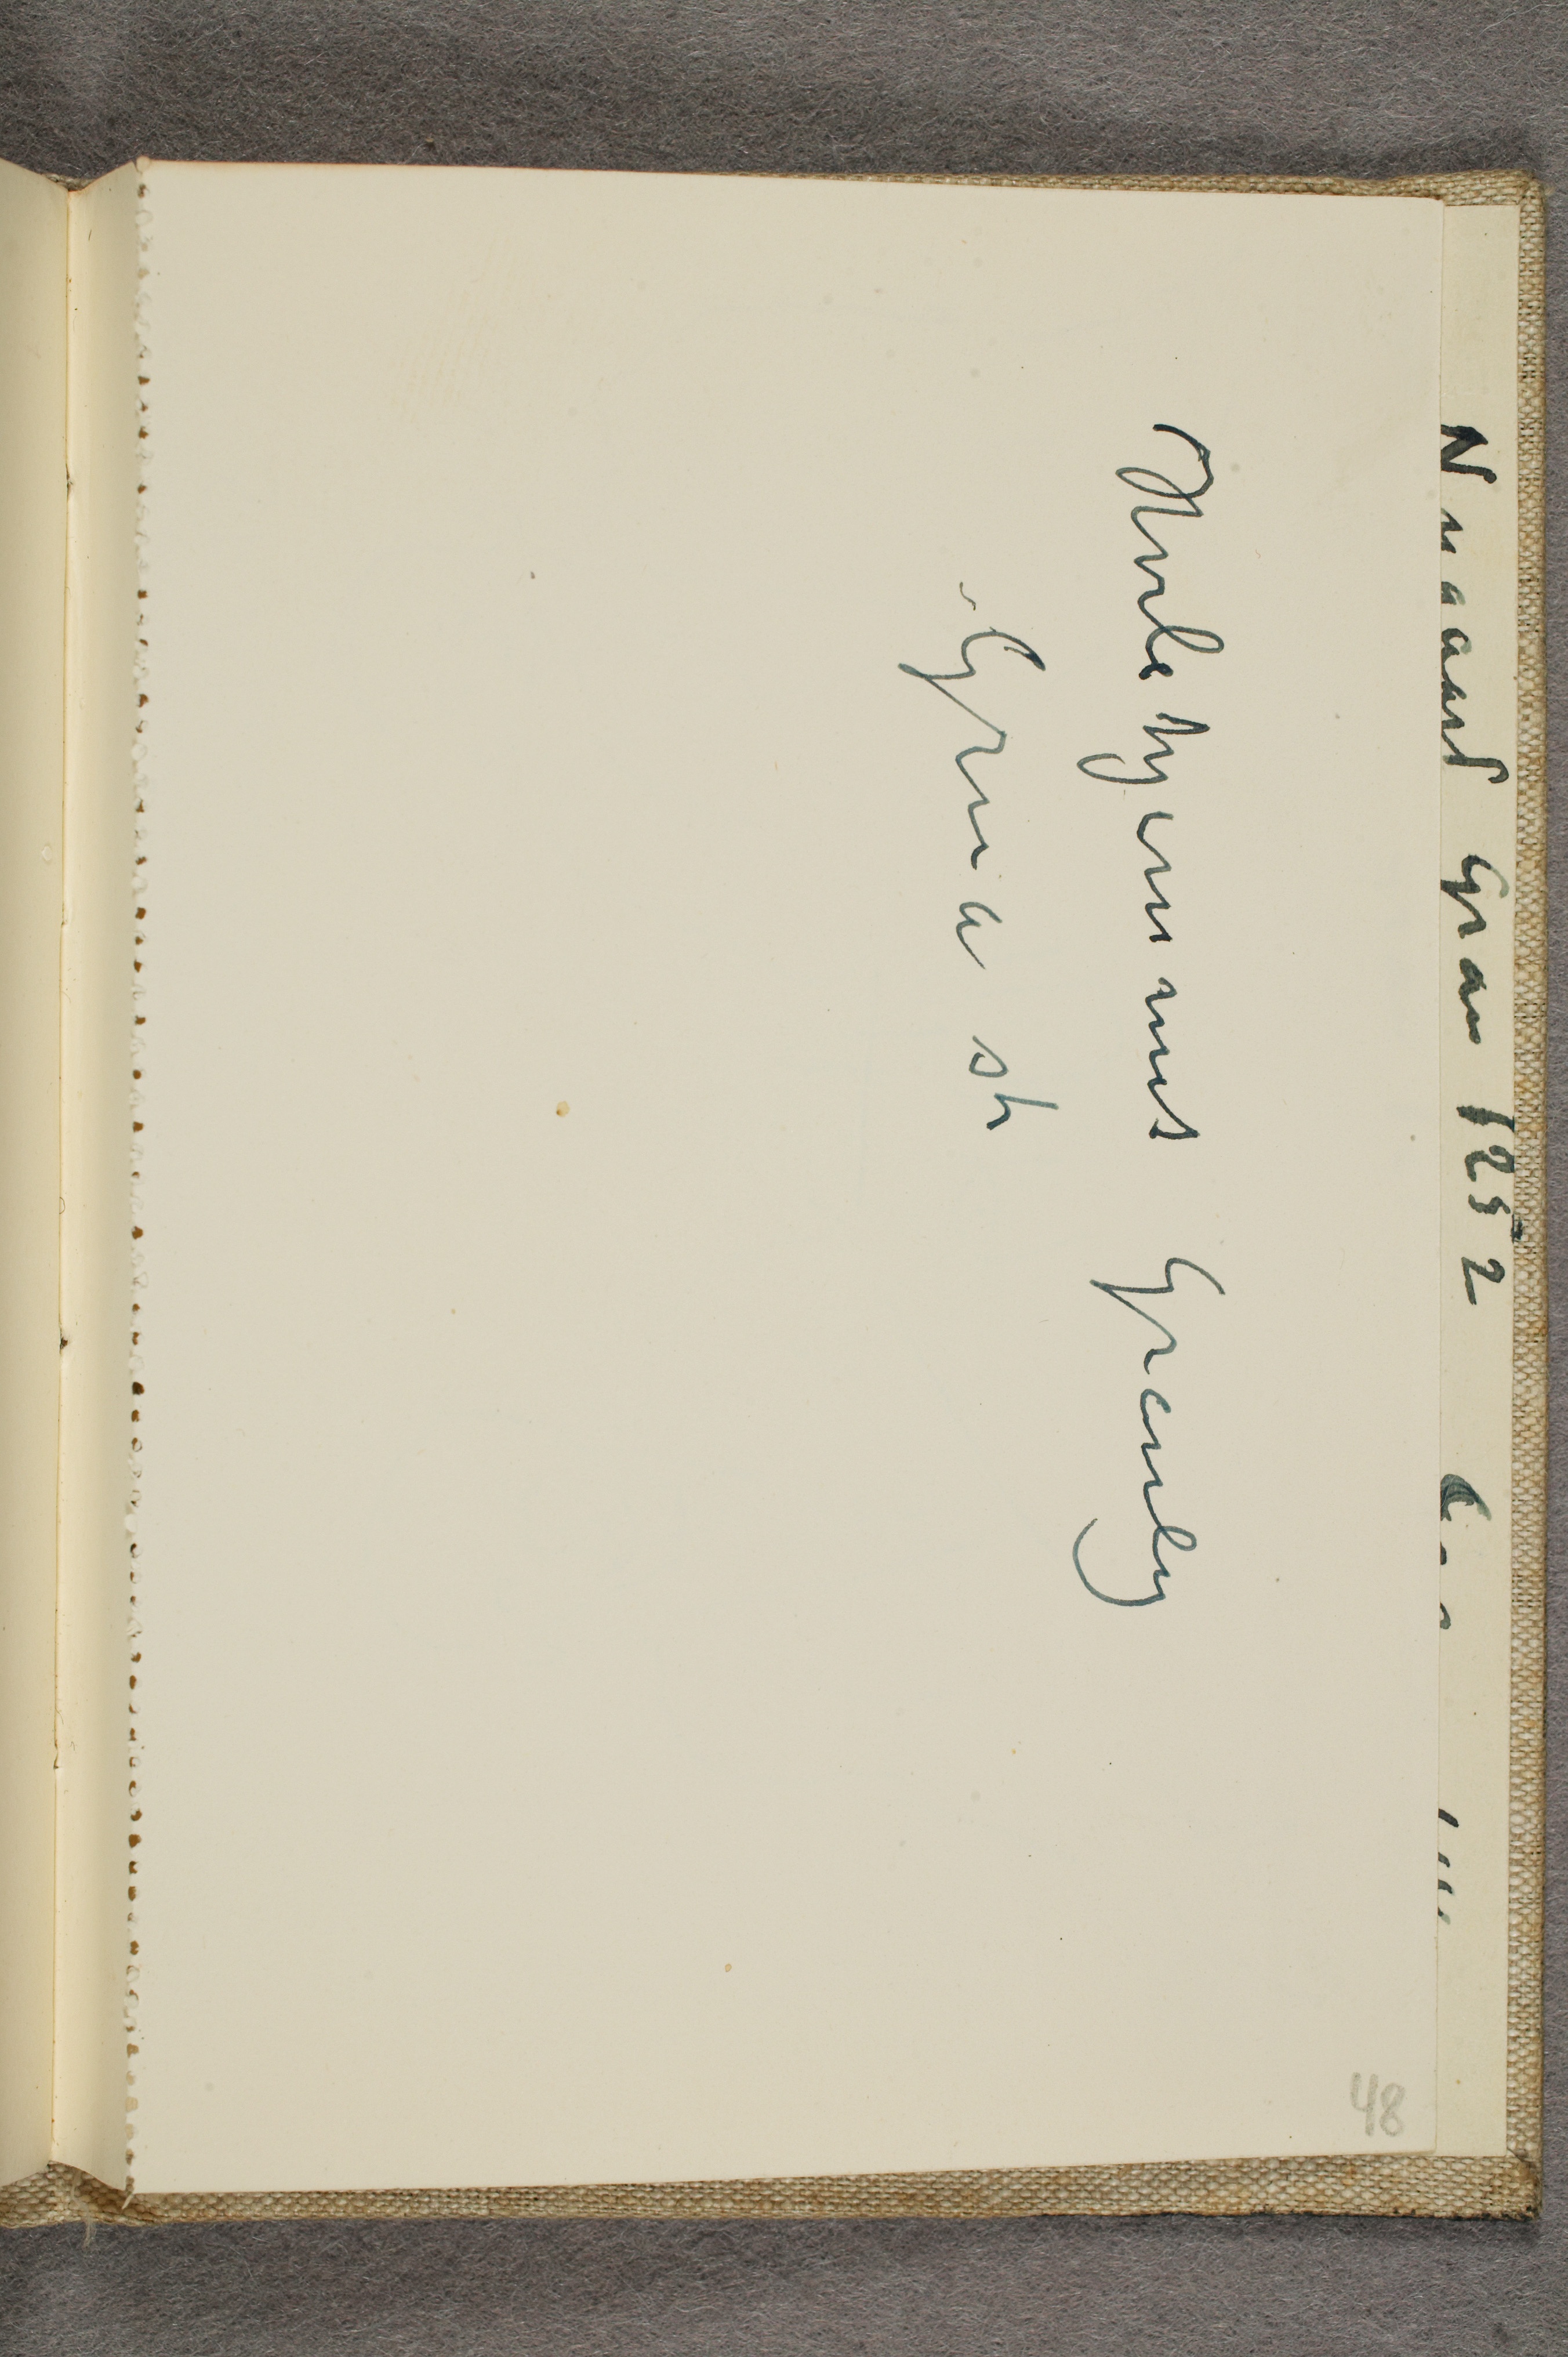
Hvilehjemmet Granly
Grua st